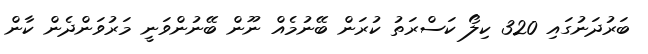
ބަރުދަނުގައި 320 ކިލޯ ކަސްރަތު ކުރަން ބޭނުމެއް ނޫން ބޭނުންވަނީ މަރުވަންދެން ކާން